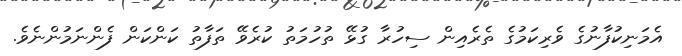
އެމަނިކުފާނުގެ ވެރިކަމުގެ ތެރެއިން ސިހުރާ ގުޅޭ ތުހުމަތު ކުރެވޭ ތަފާތު ކަންކަން ފެންނަމުންނެވެ.